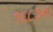
૧૬૮૭ના